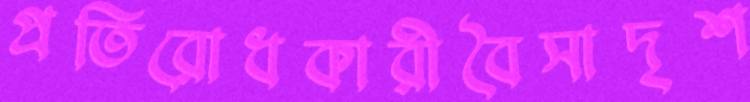
প্রতিরোধকারীবৈসাদৃশ